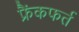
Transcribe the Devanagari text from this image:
फ्रैंकफर्त